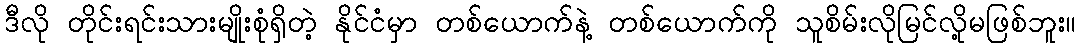
ဒီလို တိုင်းရင်းသားမျိုးစုံရှိတဲ့ နိုင်ငံမှာ တစ်ယောက်နဲ့ တစ်ယောက်ကို သူစိမ်းလိုမြင်လို့မဖြစ်ဘူး။